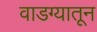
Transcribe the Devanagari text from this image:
वाडग्यातून